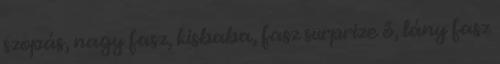
szopás, nagy fasz, kisbaba, fasz surprize ő, lány fasz